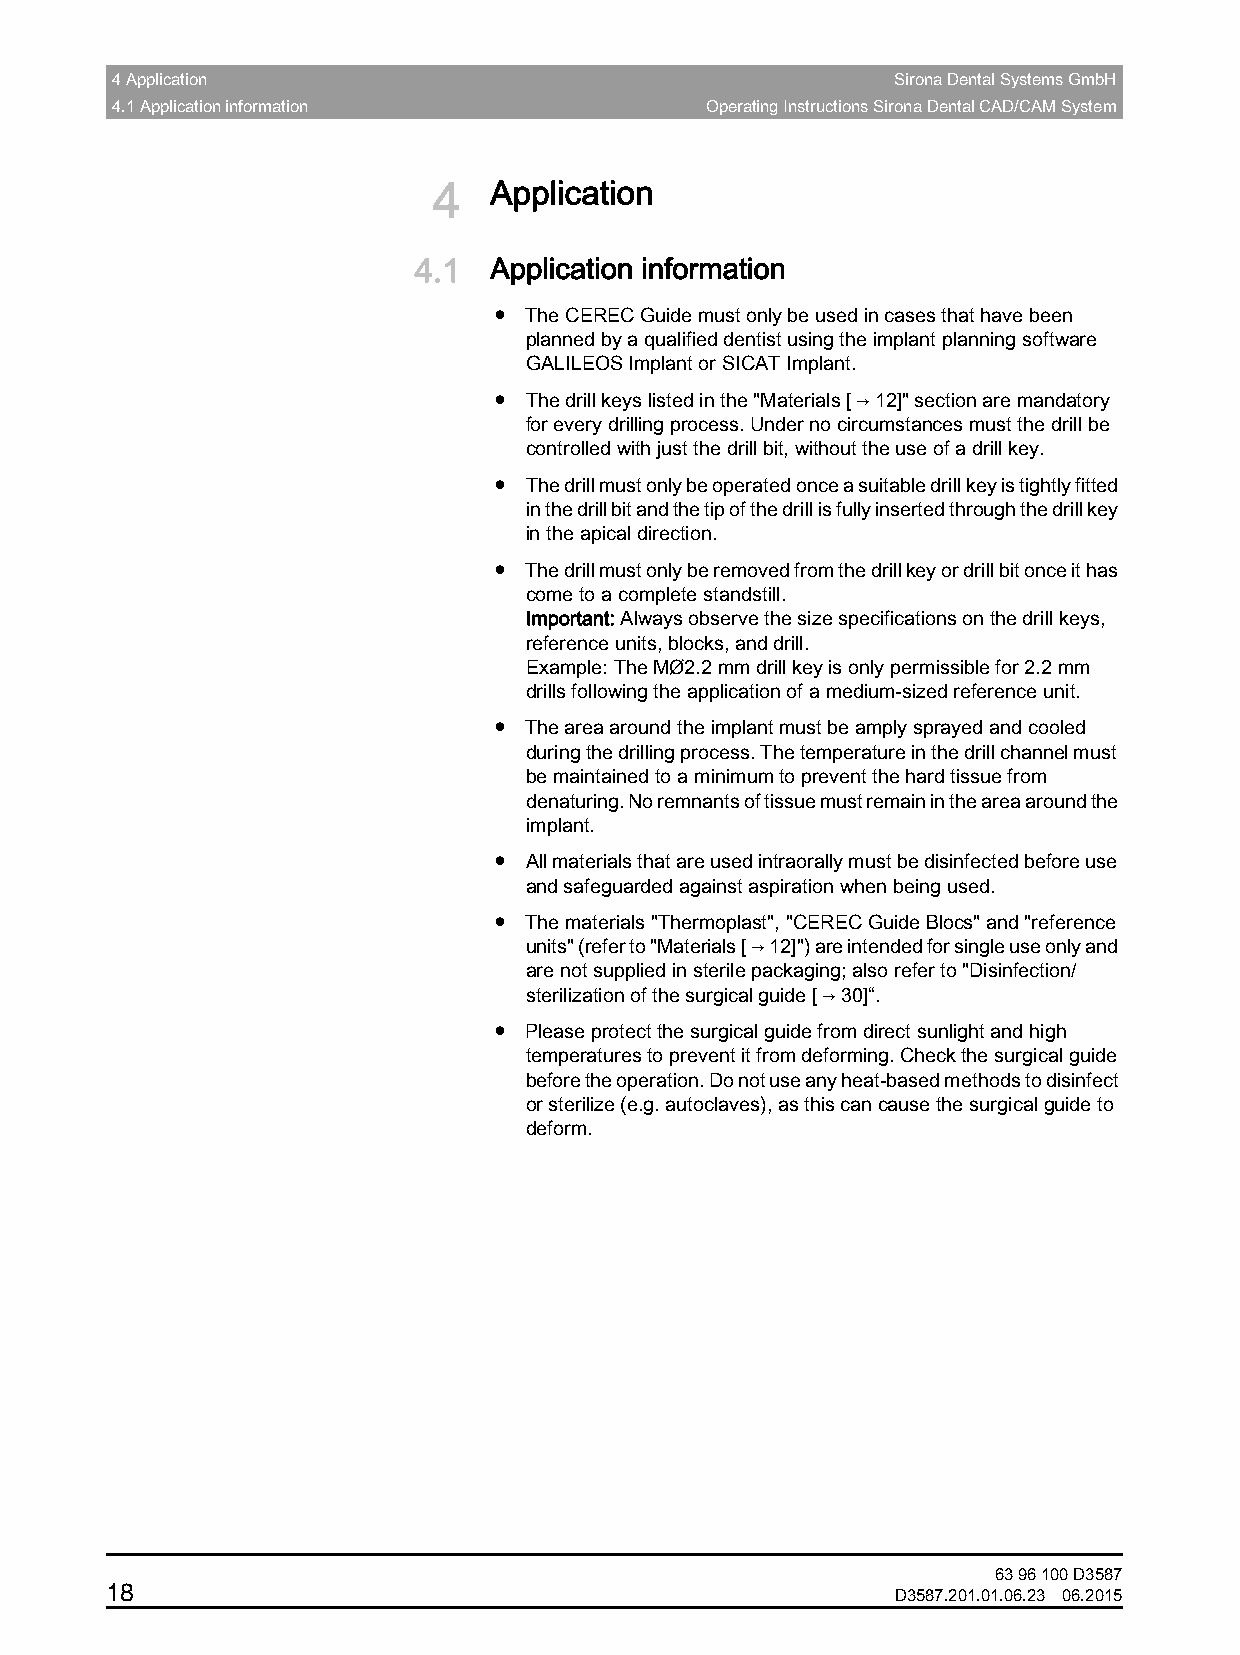
4 Application                                       Sirona Dental Systems GmbH
 4.1 Application information             Operating Instructions Sirona Dental CAD/CAM System
 4  Application
 4.1  Application information
 ● The CEREC Guide must only be used in cases that have been
 planned by a qualified dentist using the implant planning software
 GALILEOS Implant or SICAT Implant.
 ● The drill keys listed in the "Materials[→12]" section are mandatory
 for every drilling process. Under no circumstances must the drill be
 controlled with just the drill bit, without the use of a drill key.
 ● The drill must only be operated once a suitable drill key is tightly fitted
 in the drill bit and the tip of the drill is fully inserted through the drill key
 in the apical direction.
 ● The drill must only be removed from the drill key or drill bit once it has
 come to a complete standstill.
 Important: Always observe the size specifications on the drill keys,
 reference units, blocks, and drill.
 Example: The MØ2.2mm drill key is only permissible for 2.2mm
 drills following the application of a medium-sized reference unit.
 ● The area around the implant must be amply sprayed and cooled
 during the drilling process. The temperature in the drill channel must
 be maintained to a minimum to prevent the hard tissue from
 denaturing. No remnants of tissue must remain in the area around the
 implant.
 ● All materials that are used intraorally must be disinfected before use
 and safeguarded against aspiration when being used.
 ● The materials "Thermoplast", "CEREC Guide Blocs" and "reference
 units" (refer to "Materials[→12]") are intended for single use only and
 are not supplied in sterile packaging; also refer to "Disinfection/
 sterilization of the surgical guide[→30]“.
 ● Please protect the surgical guide from direct sunlight and high
 temperatures to prevent it from deforming. Check the surgical guide
 before the operation. Do not use any heat-based methods to disinfect
 or sterilize (e.g. autoclaves), as this can cause the surgical guide to
 deform.
 63 96 100 D3587
 18
 D3587.201.01.06.23 06.2015